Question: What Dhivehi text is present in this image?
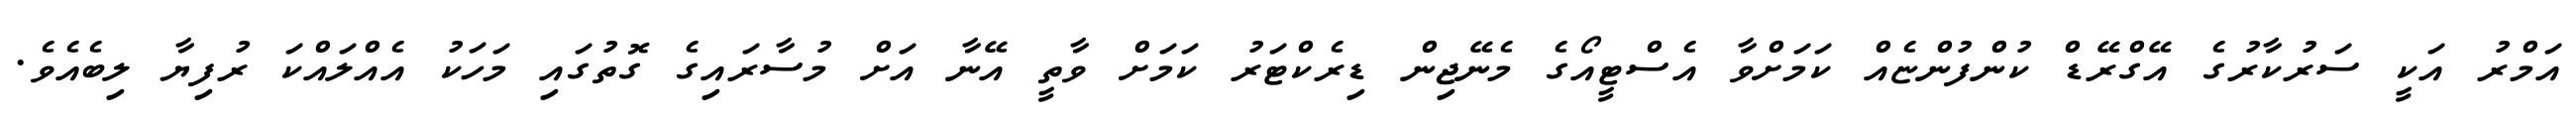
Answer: އަމްރު އަކީ ސަރުކާރުގެ އޭގްރޭޑް ކުންފުންޏެއް ކަމަށްވާ އެސްޓީއޯގެ މެނޭޖިން ޑިރެކްޓަރު ކަމަށް ވާތީ އޭނާ އަށް މުސާރައިގެ ގޮތުގައި މަހަކު އެއްލައްކަ ރުފިޔާ ލިބެއެވެ.